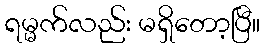
ရမ္မက်လည်း မရှိတော့ပြီ။